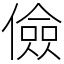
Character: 儉